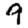
Digit: 9